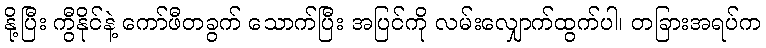
နို့ပြီး ကွီနိုင်နဲ့ ကော်ဖီတခွက် သောက်ပြီး အပြင်ကို လမ်းလျှောက်ထွက်ပါ၊ တခြားအရပ်က